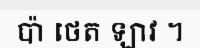
ប៉ា ថេត ឡាវ ។